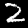
Digit: 2